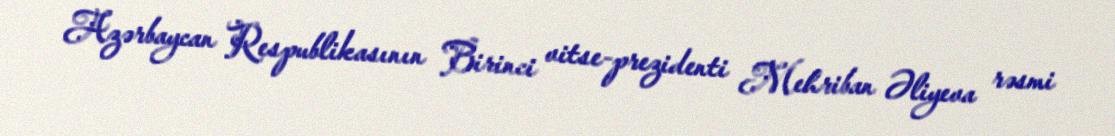
Azərbaycan Respublikasının Birinci vitse-prezidenti Mehriban Əliyeva rəsmi